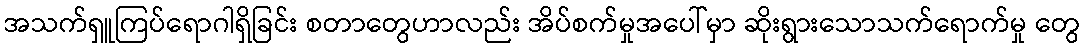
အသက်ရှူကြပ်ရောဂါရှိခြင်း စတာတွေဟာလည်း အိပ်စက်မှုအပေါ်မှာ ဆိုးရွားသောသက်ရောက်မှု တွေ